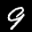
Label: 9